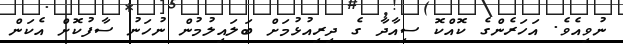
ނުވިއެވެ. އަހަރެންގެ ކޮއްކޮ ސިއާދާ ގެ ދިރިއުޅުމަށް ބަލައިލުމުން ނުހަނު ސާފުކޮށް އެކަން